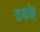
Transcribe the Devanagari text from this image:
तबके़